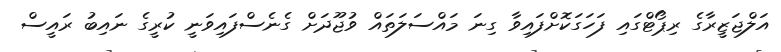
އަލްޖަޒީރާގެ ރިޕޯޓްގައި ފަހަގަކޮށްފައިވާ ގިނަ މައްސަލަތައް ވުޖޫދަށް ގެނެސްފައިވަނީ ކުރީގެ ނައިބު ރައީސް